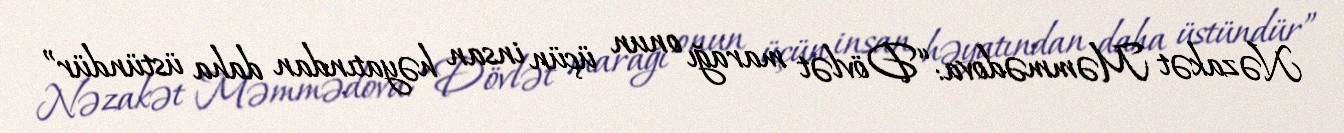
Nəzakət Məmmədova: “Dövlət marağı onun üçün insan həyatından daha üstündür”